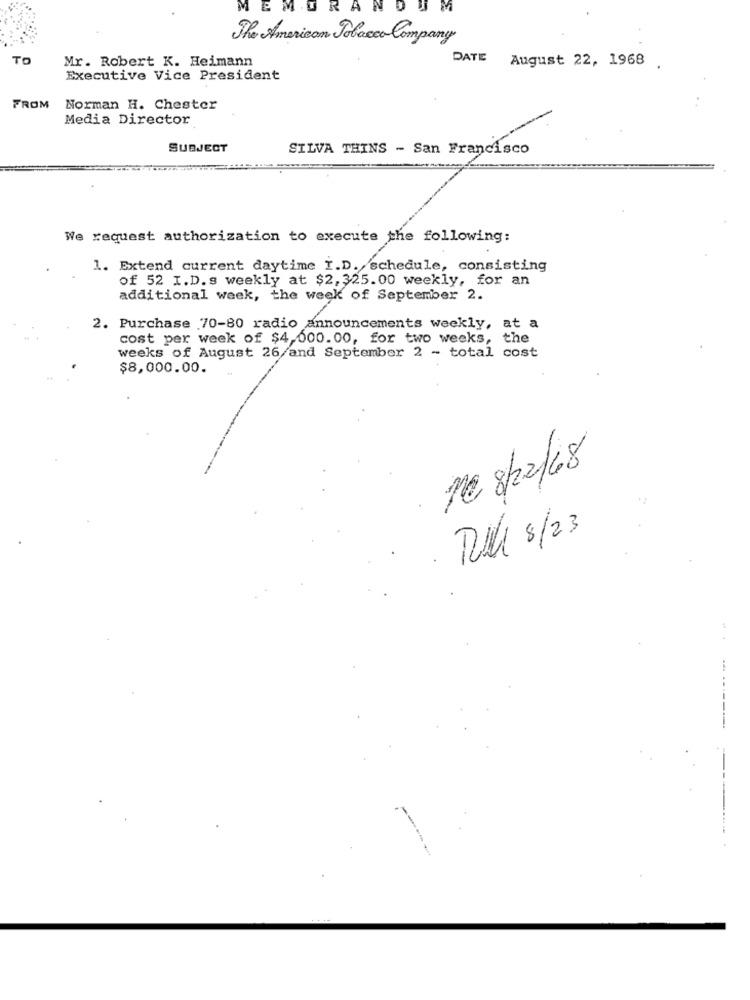
MEMORANDUM
The American Tobacco Company
TO
Mr. Robert K. Heimann
DATE August 22, 1968 .
Executive Vice President
FROM
Norman H. Chester
Media Director
SUBJECT
SILVA THINS - San Francisco
We request authorization to execute the following:
1. Extend current daytime I.D. schedule, consisting
of 52 I.D.s weekly at $2, 325.00 weekly, for an
additional week, the week of September 2.
2. Purchase 70-80 radio announcements weekly, at a
cost per week of $4,000.00, for two weeks, the
weeks of August 26/and September 2 - total cost
$8,000.00.
£
ne 8/22/68
RULL 8/23
--- ------.
----... .